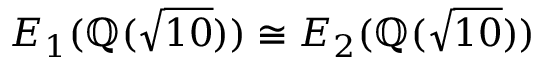
E _ { 1 } ( \mathbb { Q } ( { \sqrt { 1 0 } } ) ) \cong E _ { 2 } ( \mathbb { Q } ( { \sqrt { 1 0 } } ) )